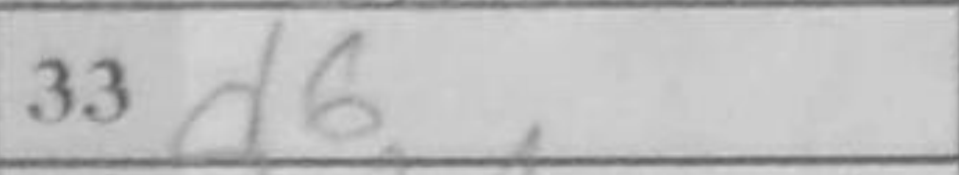
Transcription: d6